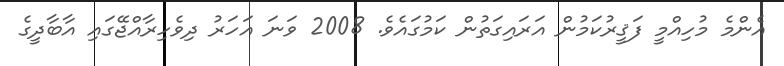
އެންމެ މުހިއްމީ ފަޤީރުކަމުން އަރައިގަތުން ކަމުގައެވެ. 2008 ވަނަ އަހަރު ދިވެހިރާއްޖޭގައި އާބާދީގެ